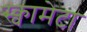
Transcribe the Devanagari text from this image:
स्क्वामेटा